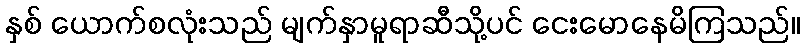
နှစ် ယောက်စလုံးသည် မျက်နှာမူရာဆီသို့ပင် ငေးမောနေမိကြသည်။